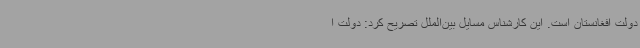
دولت افغانستان است. این کارشناس مسایل بین‌الملل تصریح کرد: دولت ا